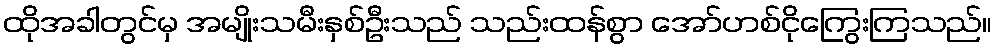
ထိုအခါတွင်မှ အမျိုးသမီးနှစ်ဦးသည် သည်းထန်စွာ အော်ဟစ်ငိုကြွေးကြသည်။